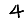
Digit: 4